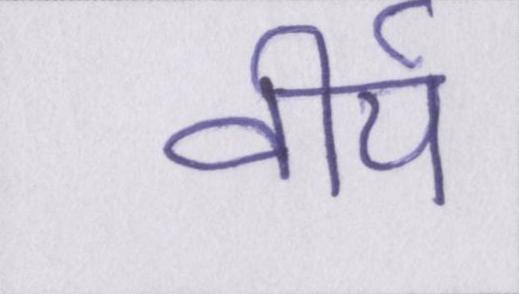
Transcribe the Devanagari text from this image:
वीर्य